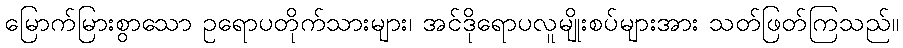
မြောက်မြားစွာသော ဥရောပတိုက်သားများ၊ အင်ဒိုရောပလူမျိုးစပ်များအား သတ်ဖြတ်ကြသည်။